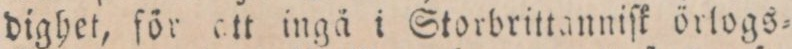
dighet, för ett ingä i Storbrittanniſk örlogs=